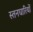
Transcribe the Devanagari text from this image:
स्तनघारियों